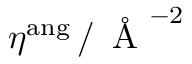
\eta ^ { \mathrm { a n g } } \, / \, \mathrm { ~ \AA ~ } ^ { - 2 }